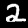
Label: 2